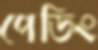
পেডিং